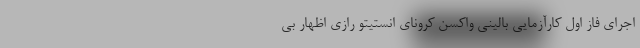
اجرای فاز اول کارآزمایی بالینی واکسن کرونای انستیتو رازی اظهار بی